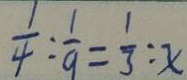
\frac { 1 } { 4 } : \frac { 1 } { 9 } = \frac { 1 } { 3 } : x